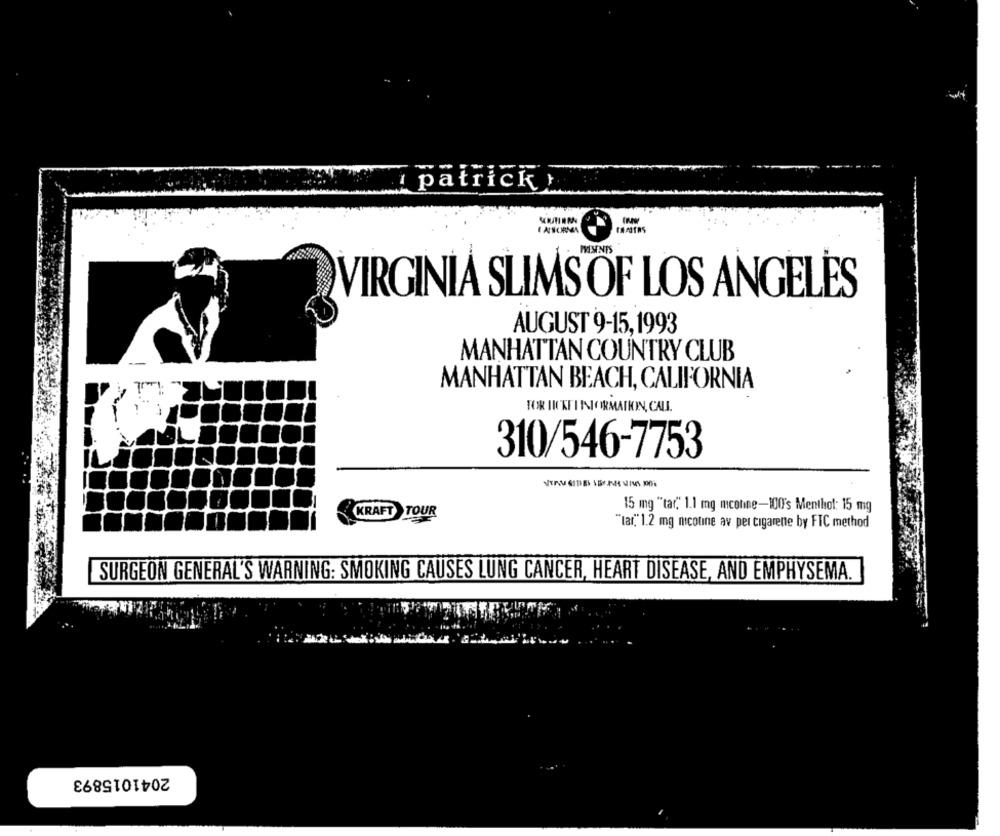
patrick
I ATSCIRMEN
VIRGINIA SLIMS OF LOS ANGELES
AUGUST 9-15,1993
MANHATTAN COUNTRY CLUB
MANHATTAN BEACH, CALIFORNIA
FOR ICKFINNORMATKOIN, CALL.
310/546-7753
15 mg "tar"" 1.1 mg mconne-100's Menthol: 15 mg
KRAFT TOUR
"tar" 1.2 mg nicotine av per cigarette by FIC method
SURGEON GENERAL'S WARNING: SMOKING CAUSES LUNG CANCER, HEART DISEASE, AND EMPHYSEMA.
2041015893